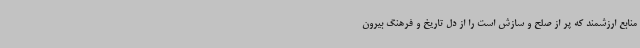
منابع ارزشمند که پر از صلح و سازش است را از دل تاریخ و فرهنگ بیرون